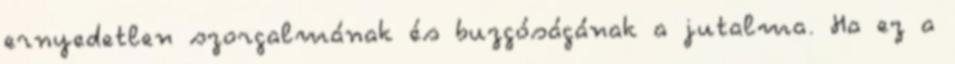
ernyedetlen szorgalmának és buzgóságának a jutalma. Ha ez a